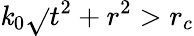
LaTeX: \mathit{k}_{0}\sqrt{}{{t^{2}+r^{2}}}>r_{c}